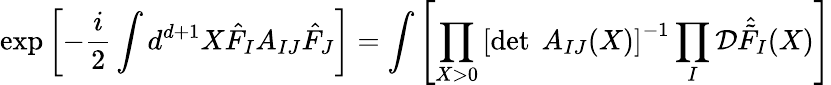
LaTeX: \exp\left[-\frac{i}{2}\int d^{d+1}X\hat{F}_{I}A_{IJ}\hat{F}_{J}\right]=\int\left[\prod_{X>0}\left[\operatorname*{det}~A_{IJ}(X)\right]^{-1}\prod_{I}{\cal D}\hat{\tilde{F}}_{I}(X)\right]